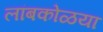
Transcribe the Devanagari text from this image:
लांबकोळया